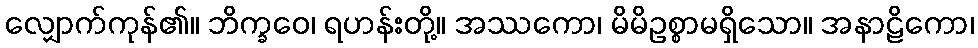
လျှောက်ကုန်၏။ ဘိက္ခဝေ၊ ရဟန်းတို့။ အဿကော၊ မိမိဥစ္စာမရှိသော။ အနာဠိကော၊